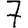
Digit: 7